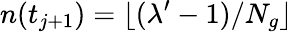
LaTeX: n(t_{j+1})=\lfloor(\lambda^{\prime}-1)/N_{g}\rfloor